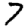
Digit: 7